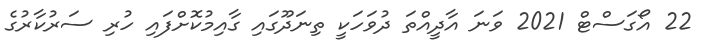
22 އޯގަސްޓް 2021 ވަނަ އާދީއްތަ ދުވަހަކީ ތިނަދޫގައި ގާއިމުކޮށްފައި ހުރި ސަރުކާރުގެ